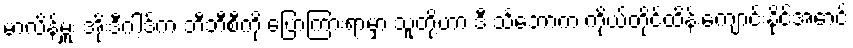
မာလိန်မှူး အိုးဒီဂါ့ဒ်က ဘီဘီစီကို ပြောကြားရာမှာ သူတို့ဟာ ဒီ သင်္ဘောက ကိုယ်တိုင်ထိန်းကျောင်းနိုင်အောင်